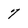
Character: 7